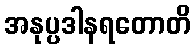
အနုပ္ပဒါနရတောတိ